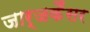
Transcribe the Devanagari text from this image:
जार्जकैंसर